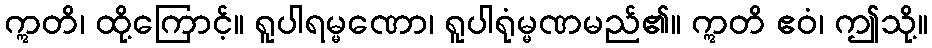
ဣတိ၊ ထို့ကြောင့်။ ရူပါရမ္မဏော၊ ရူပါရုံမ္မဏမည်၏။ ဣတိ ဧဝံ၊ ဤသို့။